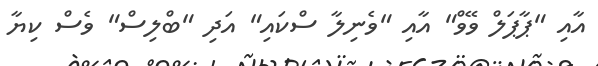
އާއި "ޕާޕަލް ވޭވް" އާއި "ވެނިލާ ސްކައި" އަދި "ބްލިސް" ވެސް ކިޔާ